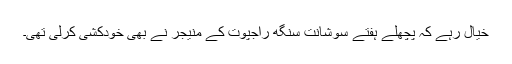
خیال رہے کہ پچھلے ہفتے سوشانت سنگھ راجپوت کے منیجر نے بھی خودکشی کرلی تھی۔